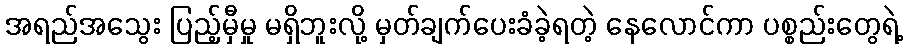
အရည်အသွေး ပြည့်မှီမှု မရှိဘူးလို့ မှတ်ချက်ပေးခံခဲ့ရတဲ့ နေလောင်ကာ ပစ္စည်းတွေရဲ့